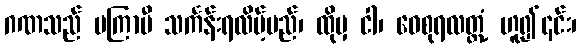
ဂဏသည် မကြာမီ သင်္ကန်းရလိမ့်မည်၊ ထိုမှ ငါ၊ ဝေစုရလတ္တံ့ ဟူ၍၎င်း၊